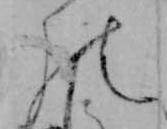
の